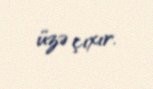
üzə çıxır.